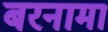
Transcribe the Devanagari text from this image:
बरनामा